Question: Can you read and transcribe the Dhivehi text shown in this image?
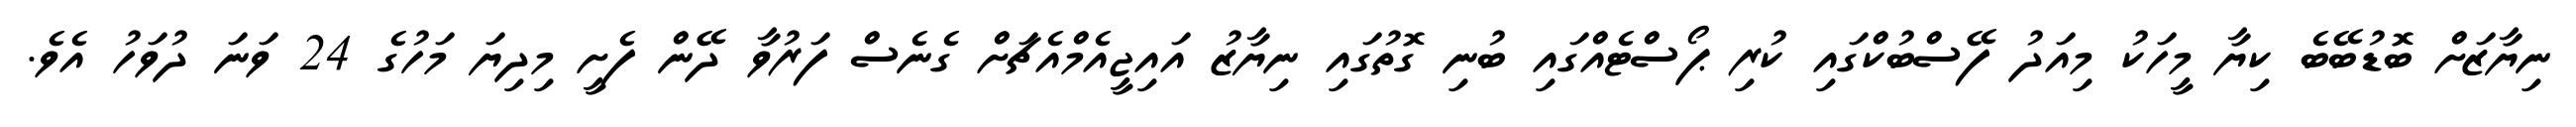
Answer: ނިޔާޒަށް ބޮޑުބޭބެ ކިޔާ މީހަކު މިއަދު ފޭސްބުކްގައި ކުރި ޕޯސްޓެއްގައި ބުނި ގޮތުގައި ނިޔާޒު އައިޖީއެމްއެޗަށް ގެނެސް ފަރުވާ ދޭން ފެށީ މިދިޔަ މަހުގެ 24 ވަނަ ދުވަހު އެވެ.